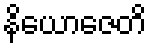
နိယောဇေတိ